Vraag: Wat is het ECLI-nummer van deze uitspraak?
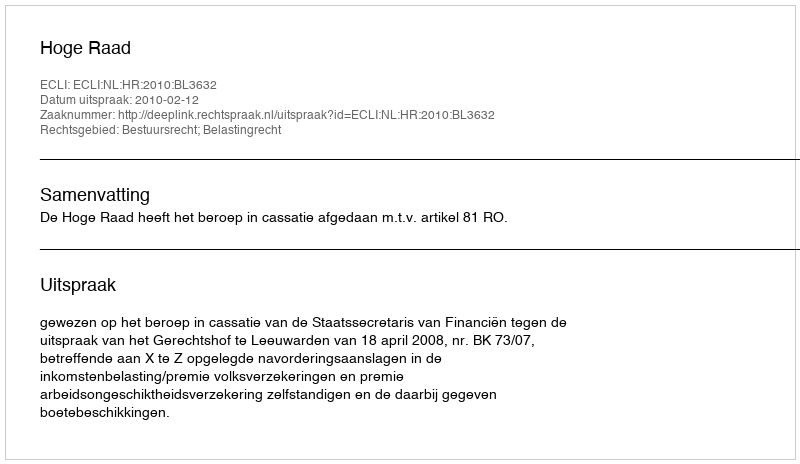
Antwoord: ECLI:NL:HR:2010:BL3632